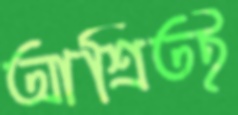
আশ্রিতই